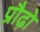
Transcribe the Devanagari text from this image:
प्रौढ़ो